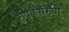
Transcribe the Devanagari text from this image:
रूपकसंख्या